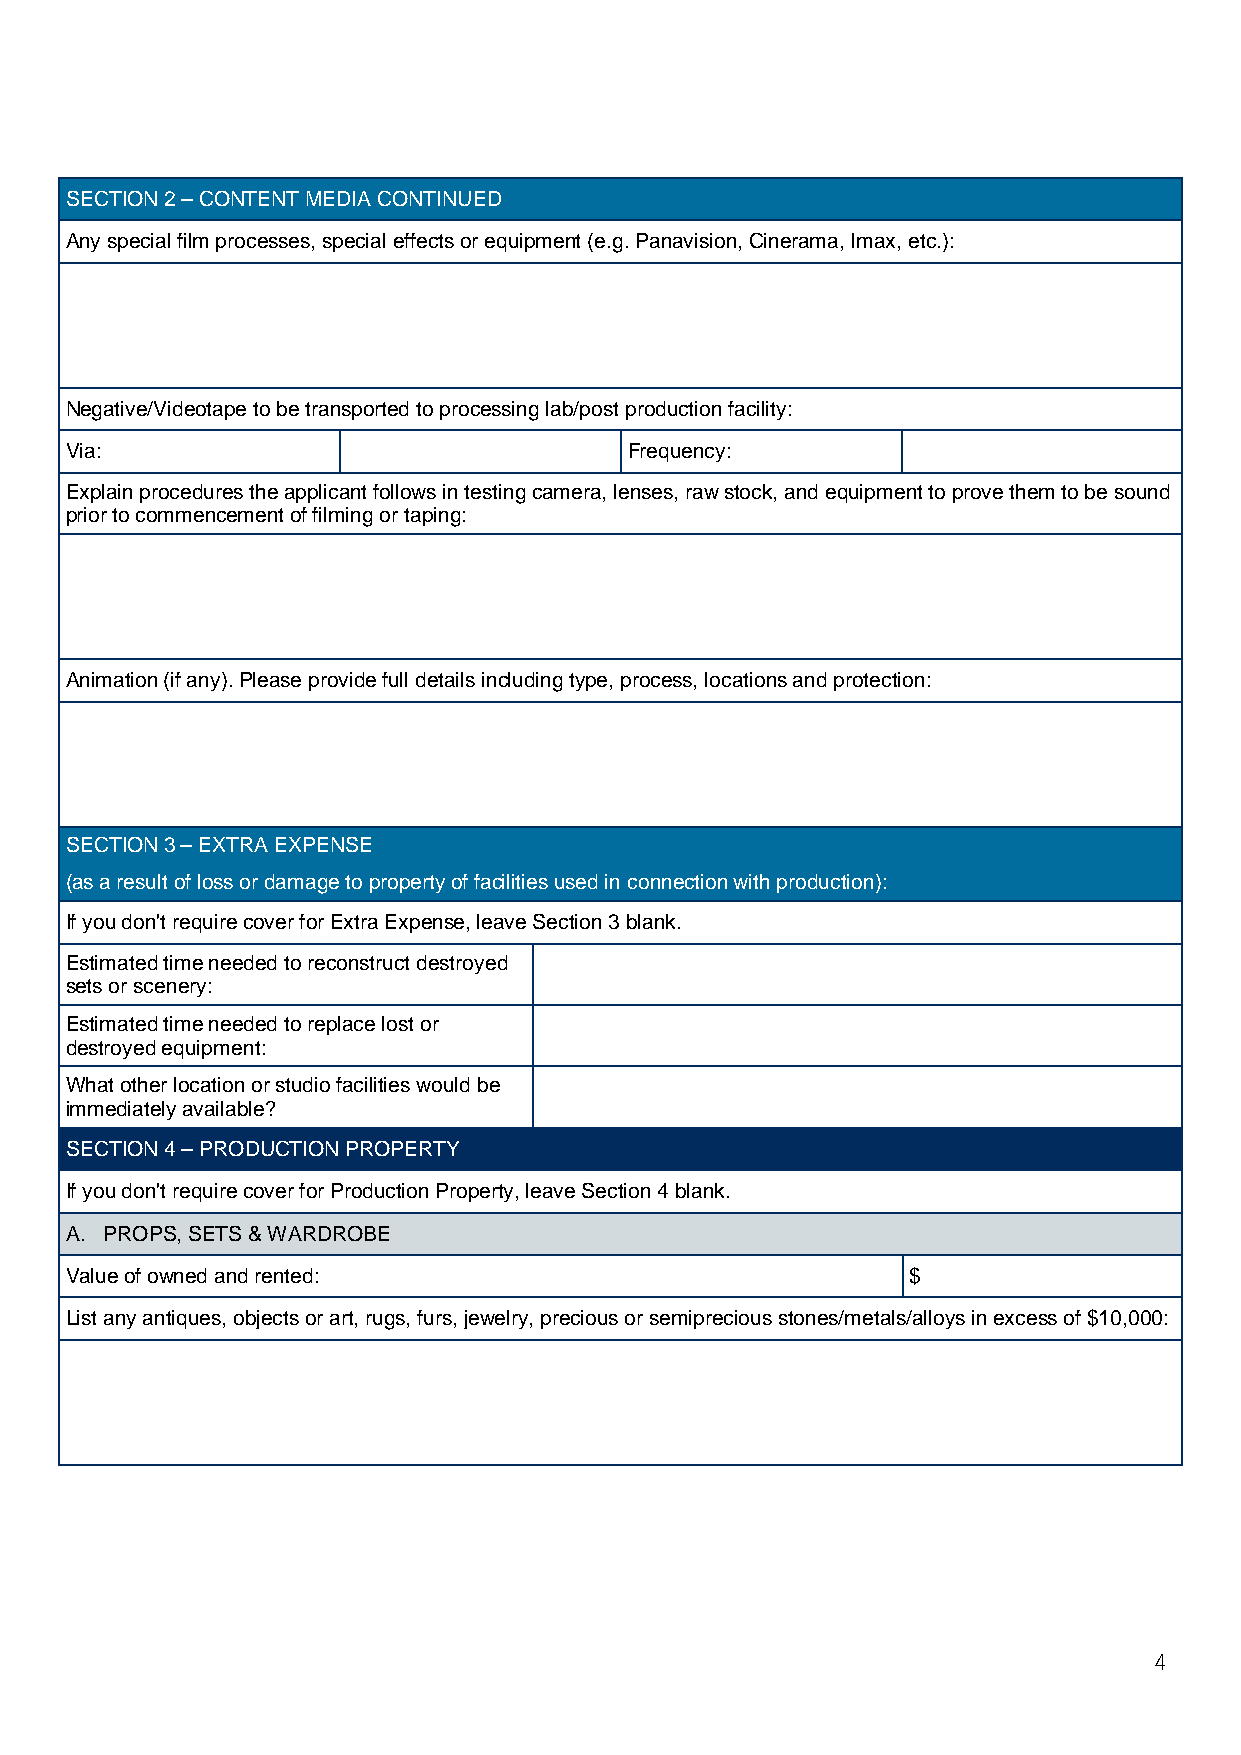
SECTION 2 – CONTENT MEDIA CONTINUED
 Any special film processes, special effects or equipment (e.g. Panavision, Cinerama, Imax, etc.):
 Negative/Videotape to be transported to processing lab/post production facility:
 Via:                                  Frequency:
 Explain procedures the applicant follows in testing camera, lenses, raw stock, and equipment to prove them to be sound
 prior to commencement of filming or taping:
 Animation (if any). Please provide full details including type, process, locations and protection:
 SECTION 3 – EXTRA EXPENSE
 (as a result of loss or damage to property of facilities used in connection with production):
 If you don't require cover for Extra Expense, leave Section 3 blank.
 Estimated time needed to reconstruct destroyed
 sets or scenery:
 Estimated time needed to replace lost or
 destroyed equipment:
 What other location or studio facilities would be
 immediately available?
 SECTION 4 – PRODUCTION PROPERTY
 If you don't require cover for Production Property, leave Section 4 blank.
 A. PROPS, SETS & WARDROBE
 Value of owned and rented:                              $
 List any antiques, objects or art, rugs, furs, jewelry, precious or semiprecious stones/metals/alloys in excess of $10,000:
 4